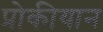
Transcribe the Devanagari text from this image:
प्रोकीयान